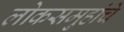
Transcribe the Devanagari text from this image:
लोकसमुहांचे